Leaving Certificate Examination (including Day School Certificate (Higher) General paper), 1931
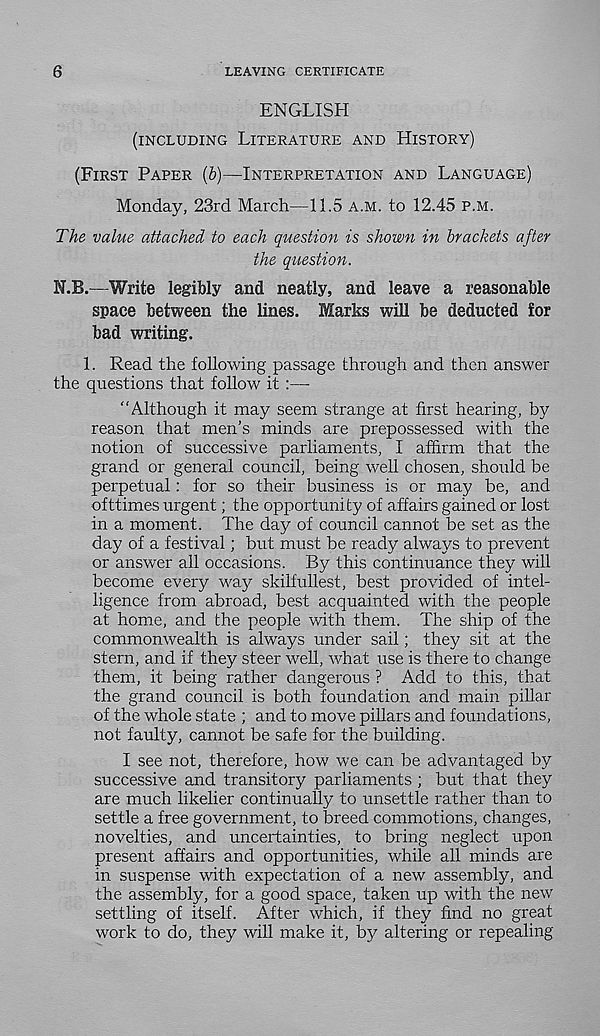
6
LEAVING CERTIFICATE
ENGLISH
(INCLUDING LITERATURE AND HISTORY)
(FIRST PAPER (b)—INTERPRETATION AND LANGUAGE)
Monday, 23rd March—11.5 A.M. to 12.45 P.M.
The value attached to each question is shown in brackets after
the question.
N.B.—Write legibly and neatly, and leave a reasonable
space between the lines. Marks will be deducted for
bad writing.
1. Read the following passage through and then answer
the questions that follow it :—
“Although it may seem strange at first hearing, by
reason that men’s minds are prepossessed with the
notion of successive parliaments, I affirm that the
grand or general council, being well chosen, should be
perpetual: for so their business is or may be, and
ofttimes urgent; the opportunity of affairs gained or lost
in a moment. The day of council cannot be set as the
day of a festival; but must be ready always to prevent
or answer all occasions. By this continuance they will
become every way skilfullest, best provided of intel-
ligence from abroad, best acquainted with the people
at home, and the people with them. The ship of the
commonwealth is always under sail; they sit at the
stern, and if they steer well, what use is there to change
them, it being rather dangerous ? Add to this, that
the grand council is both foundation and main pillar
of the whole state ; and to move pillars and foundations,
not faulty, cannot be safe for the building.
I see not, therefore, how we can be advantaged by
successive and transitory parliaments ; but that they
are much likelier continually to unsettle rather than to
settle a free government, to breed commotions, changes,
novelties, and uncertainties, to bring neglect upon
present affairs and opportunities, while all minds are
in suspense with expectation of a new assembly, and
the assembly, for a good space, taken up with the new
settling of itself. After which, if they find no great
work to do, they will make it, by altering or repealing